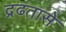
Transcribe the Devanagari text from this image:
द्रढतासे